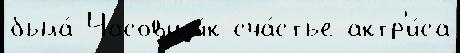
была́ Часовщи́к сча́стье актр'и́са